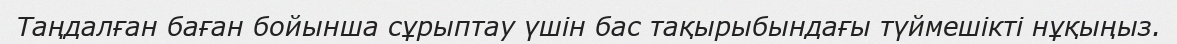
Таңдалған баған бойынша сұрыптау үшін бас тақырыбындағы түймешікті нұқыңыз.